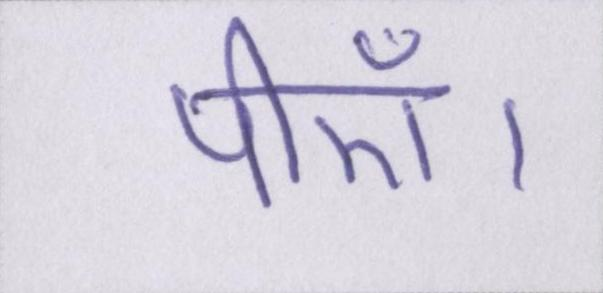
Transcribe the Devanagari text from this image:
पीएँ।